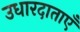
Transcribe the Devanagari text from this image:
उधारदाताएँ